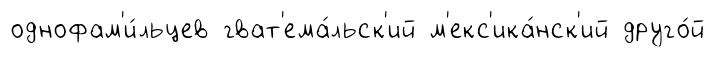
однофам'и́льцев гват'ема́льск'ий м'екс'ика́нск'ий друго́й